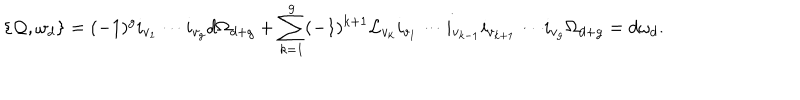
LaTeX: \{ { \cal Q } , \omega _ { d } \} = ( - 1 ) ^ { g } i _ { v _ { 1 } } \cdots i _ { v _ { g } } d \Omega _ { d + g } + \sum _ { k = 1 } ^ { g } ( - 1 ) ^ { k + 1 } { \cal L } _ { v _ { k } } i _ { v _ { 1 } } \cdots i _ { v _ { k - 1 } } i _ { v _ { k + 1 } } \cdots i _ { v _ { g } } \Omega _ { d + g } = d \omega _ { d } .